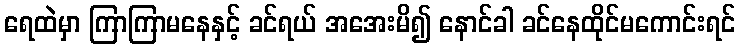
ရေထဲမှာ ကြာကြာမနေနှင့် ခင်ရယ် အအေးမိ၍ နောင်ခါ ခင်နေထိုင်မကောင်းရင်